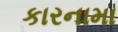
કારનામા